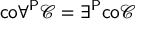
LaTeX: { \mathsf { c o } } \forall ^ { \mathsf { P } } { \mathcal { C } } = \exists ^ { \mathsf { P } } { \mathsf { c o } } { \mathcal { C } }